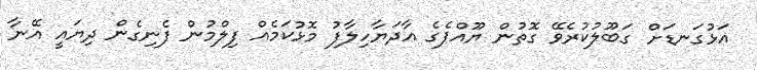
އަޅުގަނޑަށް ގަބޫލުކުރެވޭ ގޮތުން ޔޫއްޕެގެ އާދަޔާހިލާފު މޮޅުކަމެއް ފިލްމުން ފެނިގެން ދިޔައީ އޭނާ